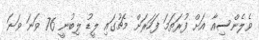
ވެލެންސިއާ އަށް ފުރަތަމަ ފަހަރަށް މެޗުގައި ލީޑު ލިބުނީ 76 ވަނަ ވަނަ